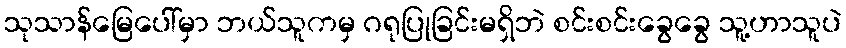
သုသာန်မြေပေါ်မှာ ဘယ်သူကမှ ဂရုပြုခြင်းမရှိဘဲ စင်းစင်းခွေခွေ သူ့ဟာသူပဲ